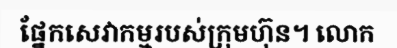
ផ្នែកសេវាកម្មរបស់ក្រុមហ៊ុន។ លោក